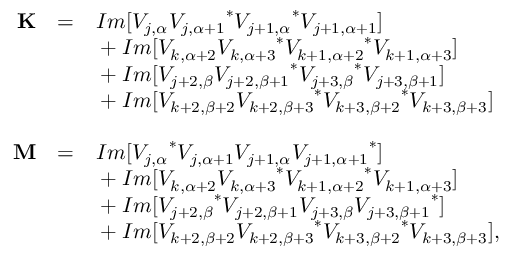
\begin{array} { r c l } { { } } & { { } } & { { } } \\ { { \bf { K } } } & { { = } } & { { I m [ V _ { j , \alpha } { V _ { j , \alpha + 1 } } ^ { * } { V _ { j + 1 , \alpha } } ^ { * } V _ { j + 1 , \alpha + 1 } ] } } \\ { { } } & { { } } & { { { } + I m [ V _ { k , \alpha + 2 } { V _ { k , \alpha + 3 } } ^ { * } { V _ { k + 1 , \alpha + 2 } } ^ { * } V _ { k + 1 , \alpha + 3 } ] } } \\ { { } } & { { } } & { { { } + I m [ V _ { j + 2 , \beta } { V _ { j + 2 , \beta + 1 } } ^ { * } { V _ { j + 3 , \beta } } ^ { * } V _ { j + 3 , \beta + 1 } ] } } \\ { { } } & { { } } & { { { } + I m [ V _ { k + 2 , \beta + 2 } { V _ { k + 2 , \beta + 3 } } ^ { * } { V _ { k + 3 , \beta + 2 } } ^ { * } V _ { k + 3 , \beta + 3 } ] } } \\ { { } } & { { } } & { { } } \\ { { \bf { M } } } & { { = } } & { { I m [ { V _ { j , \alpha } } ^ { * } V _ { j , \alpha + 1 } V _ { j + 1 , \alpha } { V _ { j + 1 , \alpha + 1 } } ^ { * } ] } } \\ { { } } & { { } } & { { { } + I m [ V _ { k , \alpha + 2 } { V _ { k , \alpha + 3 } } ^ { * } { V _ { k + 1 , \alpha + 2 } } ^ { * } V _ { k + 1 , \alpha + 3 } ] } } \\ { { } } & { { } } & { { { } + I m [ { V _ { j + 2 , \beta } } ^ { * } V _ { j + 2 , \beta + 1 } V _ { j + 3 , \beta } { V _ { j + 3 , \beta + 1 } } ^ { * } ] } } \\ { { } } & { { } } & { { { } + I m [ V _ { k + 2 , \beta + 2 } { V _ { k + 2 , \beta + 3 } } ^ { * } { V _ { k + 3 , \beta + 2 } } ^ { * } V _ { k + 3 , \beta + 3 } ] , } } \\ { { } } & { { } } & { { } } \end{array}